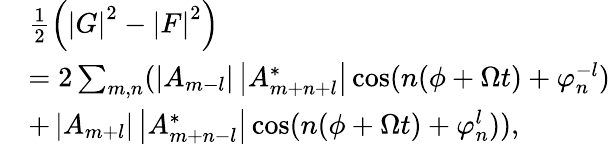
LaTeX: \begin{array}{rl}&{\frac{1}{2}\left(\left\vert G\right\vert^{2}-\left\vert F\right\vert^{2}\right)}\\ &{=2\sum_{m,n}(\left\vert A_{m-l}\right\vert\left\vert A_{m+n+l}^{\ast}\right\vert\cos(n(\phi+\Omega t)+\varphi_{n}^{-l})}\\ &{+\left\vert A_{m+l}\right\vert\left\vert A_{m+n-l}^{\ast}\right\vert\cos(n(\phi+\Omega t)+\varphi_{n}^{l})),}\end{array}